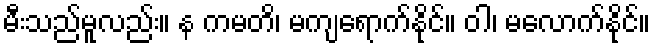
မီးသည်မူလည်း။ န ကမတိ၊ မကျရောက်နိုင်။ ဝါ၊ မလောက်နိုင်။